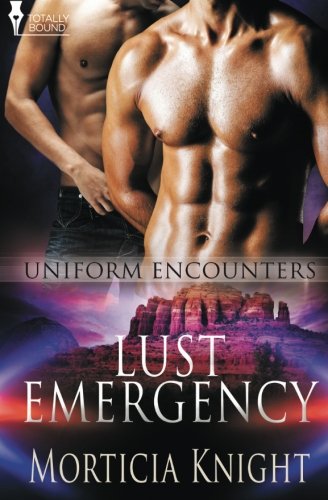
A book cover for Lust Emergency (Uniform Encounters) (Volume 3); Morticia Knight; Literature & Fiction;